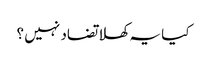
کیا یہ کھلا تضاد نہیں ؟